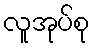
လူအုပ်စု